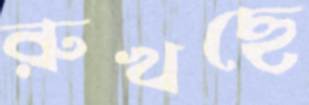
রুখছে